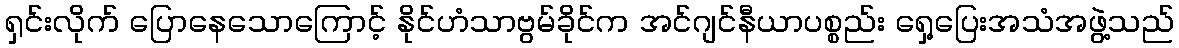
ရှင်းလိုက် ပြောနေသောကြောင့် နိုင်ဟံသာဗွမ်ခိုင်က အင်ဂျင်နီယာပစ္စည်း ရှေ့ပြေးအသံအဖွဲ့သည်